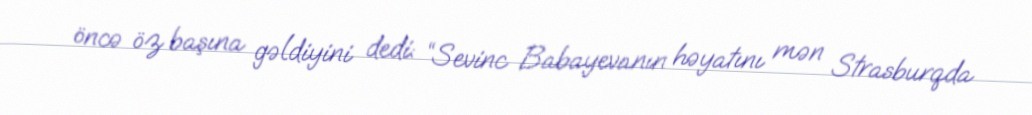
öncə öz başına gəldiyini dedi: “Sevinc Babayevanın həyatını mən Strasburqda